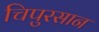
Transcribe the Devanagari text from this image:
चिपुरसान